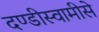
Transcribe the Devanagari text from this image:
दण्डीस्वामीसे